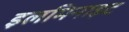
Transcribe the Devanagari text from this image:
इलमिनाइट